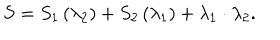
S = S _ { 1 } \left( \lambda _ { 2 } \right) + S _ { 2 } \left( \lambda _ { 1 } \right) + \lambda _ { 1 } \cdot \lambda _ { 2 } .